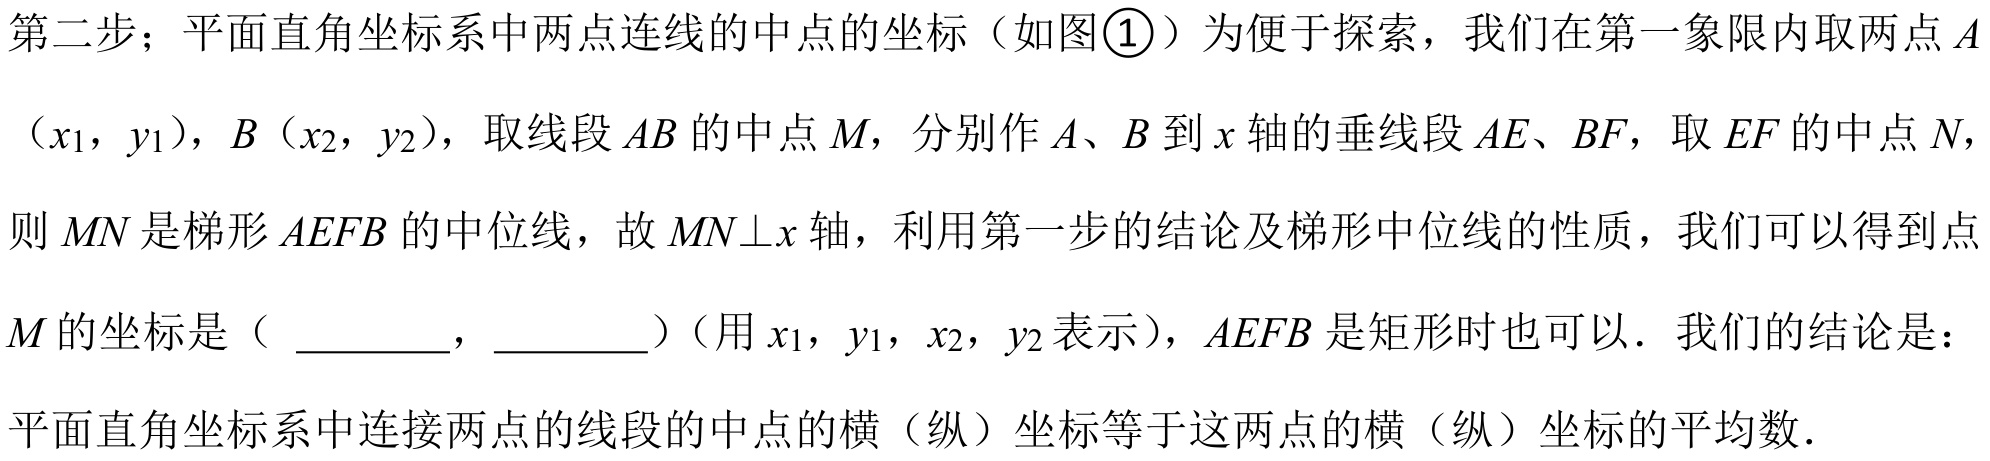
第二步；平面直角坐标系中两点连线的中点的坐标（如图\textcircled{1}）为便于探索，我们在第一象限内取两点\(A\)（\(x_{1}\)，\(y_{1}\)），\(B\)（\(x_{2}\)，\(y_{2}\)），取线段\(AB\)的中点\(M\)，分别作\(A\)、\(B\)到\(x\)轴的垂线段\(AE\)、\(BF\)，取\(EF\)的中点\(N\)，
则\(MN\)是梯形\(AEFB\)的中位线，故\(MN\bot x\)轴，利用第一步的结论及梯形中位线的性质，我们可以得到点
\(M\)的坐标是（  ，  ）（用\(x_{1}\)，\(y_{1}\)，\(x_{2}\)，\(y_{2}\)表示），\(AEFB\)是矩形时也可以．我们的结论是：
平面直角坐标系中连接两点的线段的中点的横（纵）坐标等于这两点的横（纵）坐标的平均数．